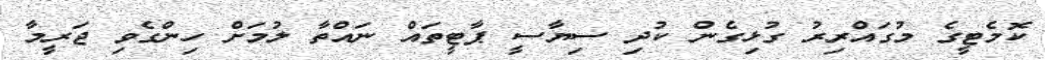
ކޮމެޓީގެ މުގައްރިރު ގުޅިގެން ކުދި ސިޔާސީ ޕާޓީތައް ނައްތާ ލުމަށް ހިންގެވި ޖަރީމާ